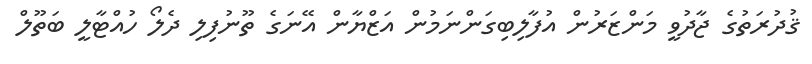
ޤުދުރަތުގެ ޖާދުވީ މަންޒަރުން އުފާލިބިގަންނަމުން އަޒްޔާން އޭނަގެ ތޫނުފިލި ދެލޯ ހުއްޓާލީ ބަތޫލް